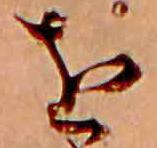
を